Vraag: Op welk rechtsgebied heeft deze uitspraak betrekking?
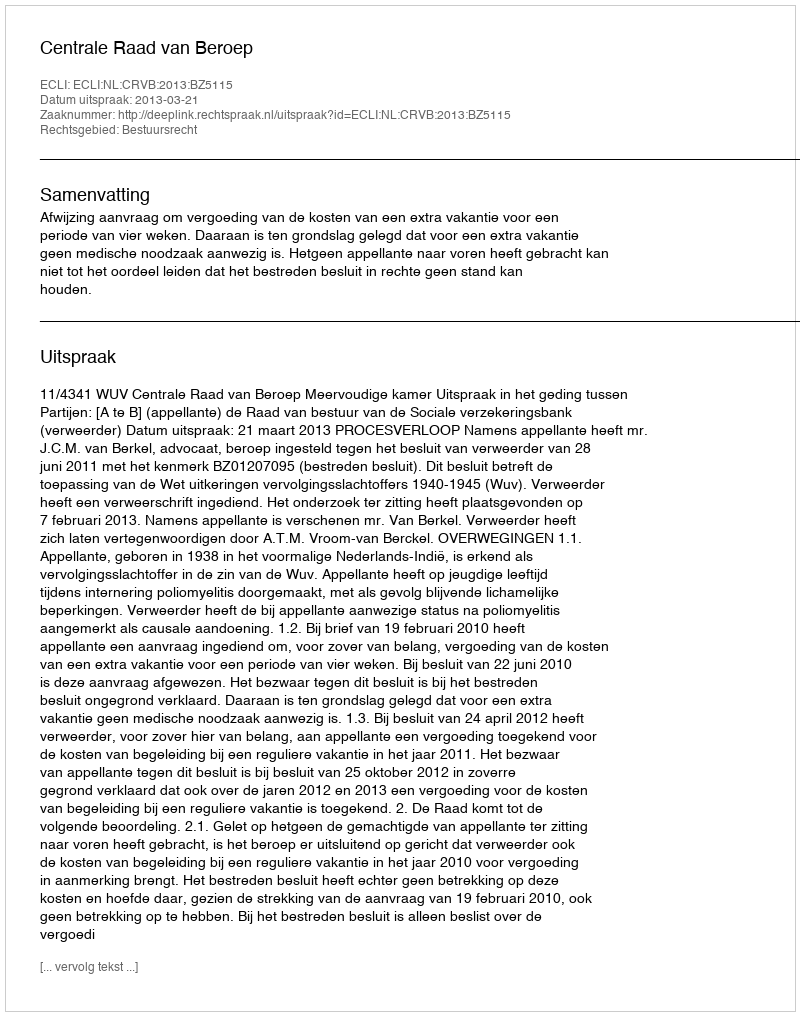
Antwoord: Bestuursrecht